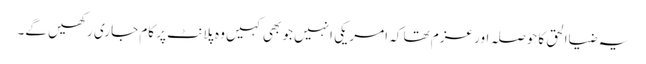
یہ ضیاالحق کا حوصلہ اور عزم تھا کہ امریکی انہیں جو بھی کہیں وہ پلانٹ پر کام جاری رکھیں گے۔